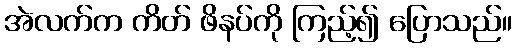
အဲလက်က ကိတ် ဖိနပ်ကို ကြည့်၍ ပြောသည်။